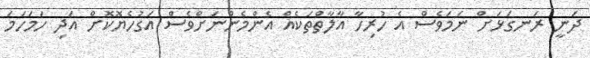
ދަނީ ރަނގަޅަށް ނަމަވެސް އެ ހުރިހާ އާލާތްތަކެއް އެންމެންނަށްވެސް އަގުހެޔޮކޮށް އަދި ހަމަހަމަ